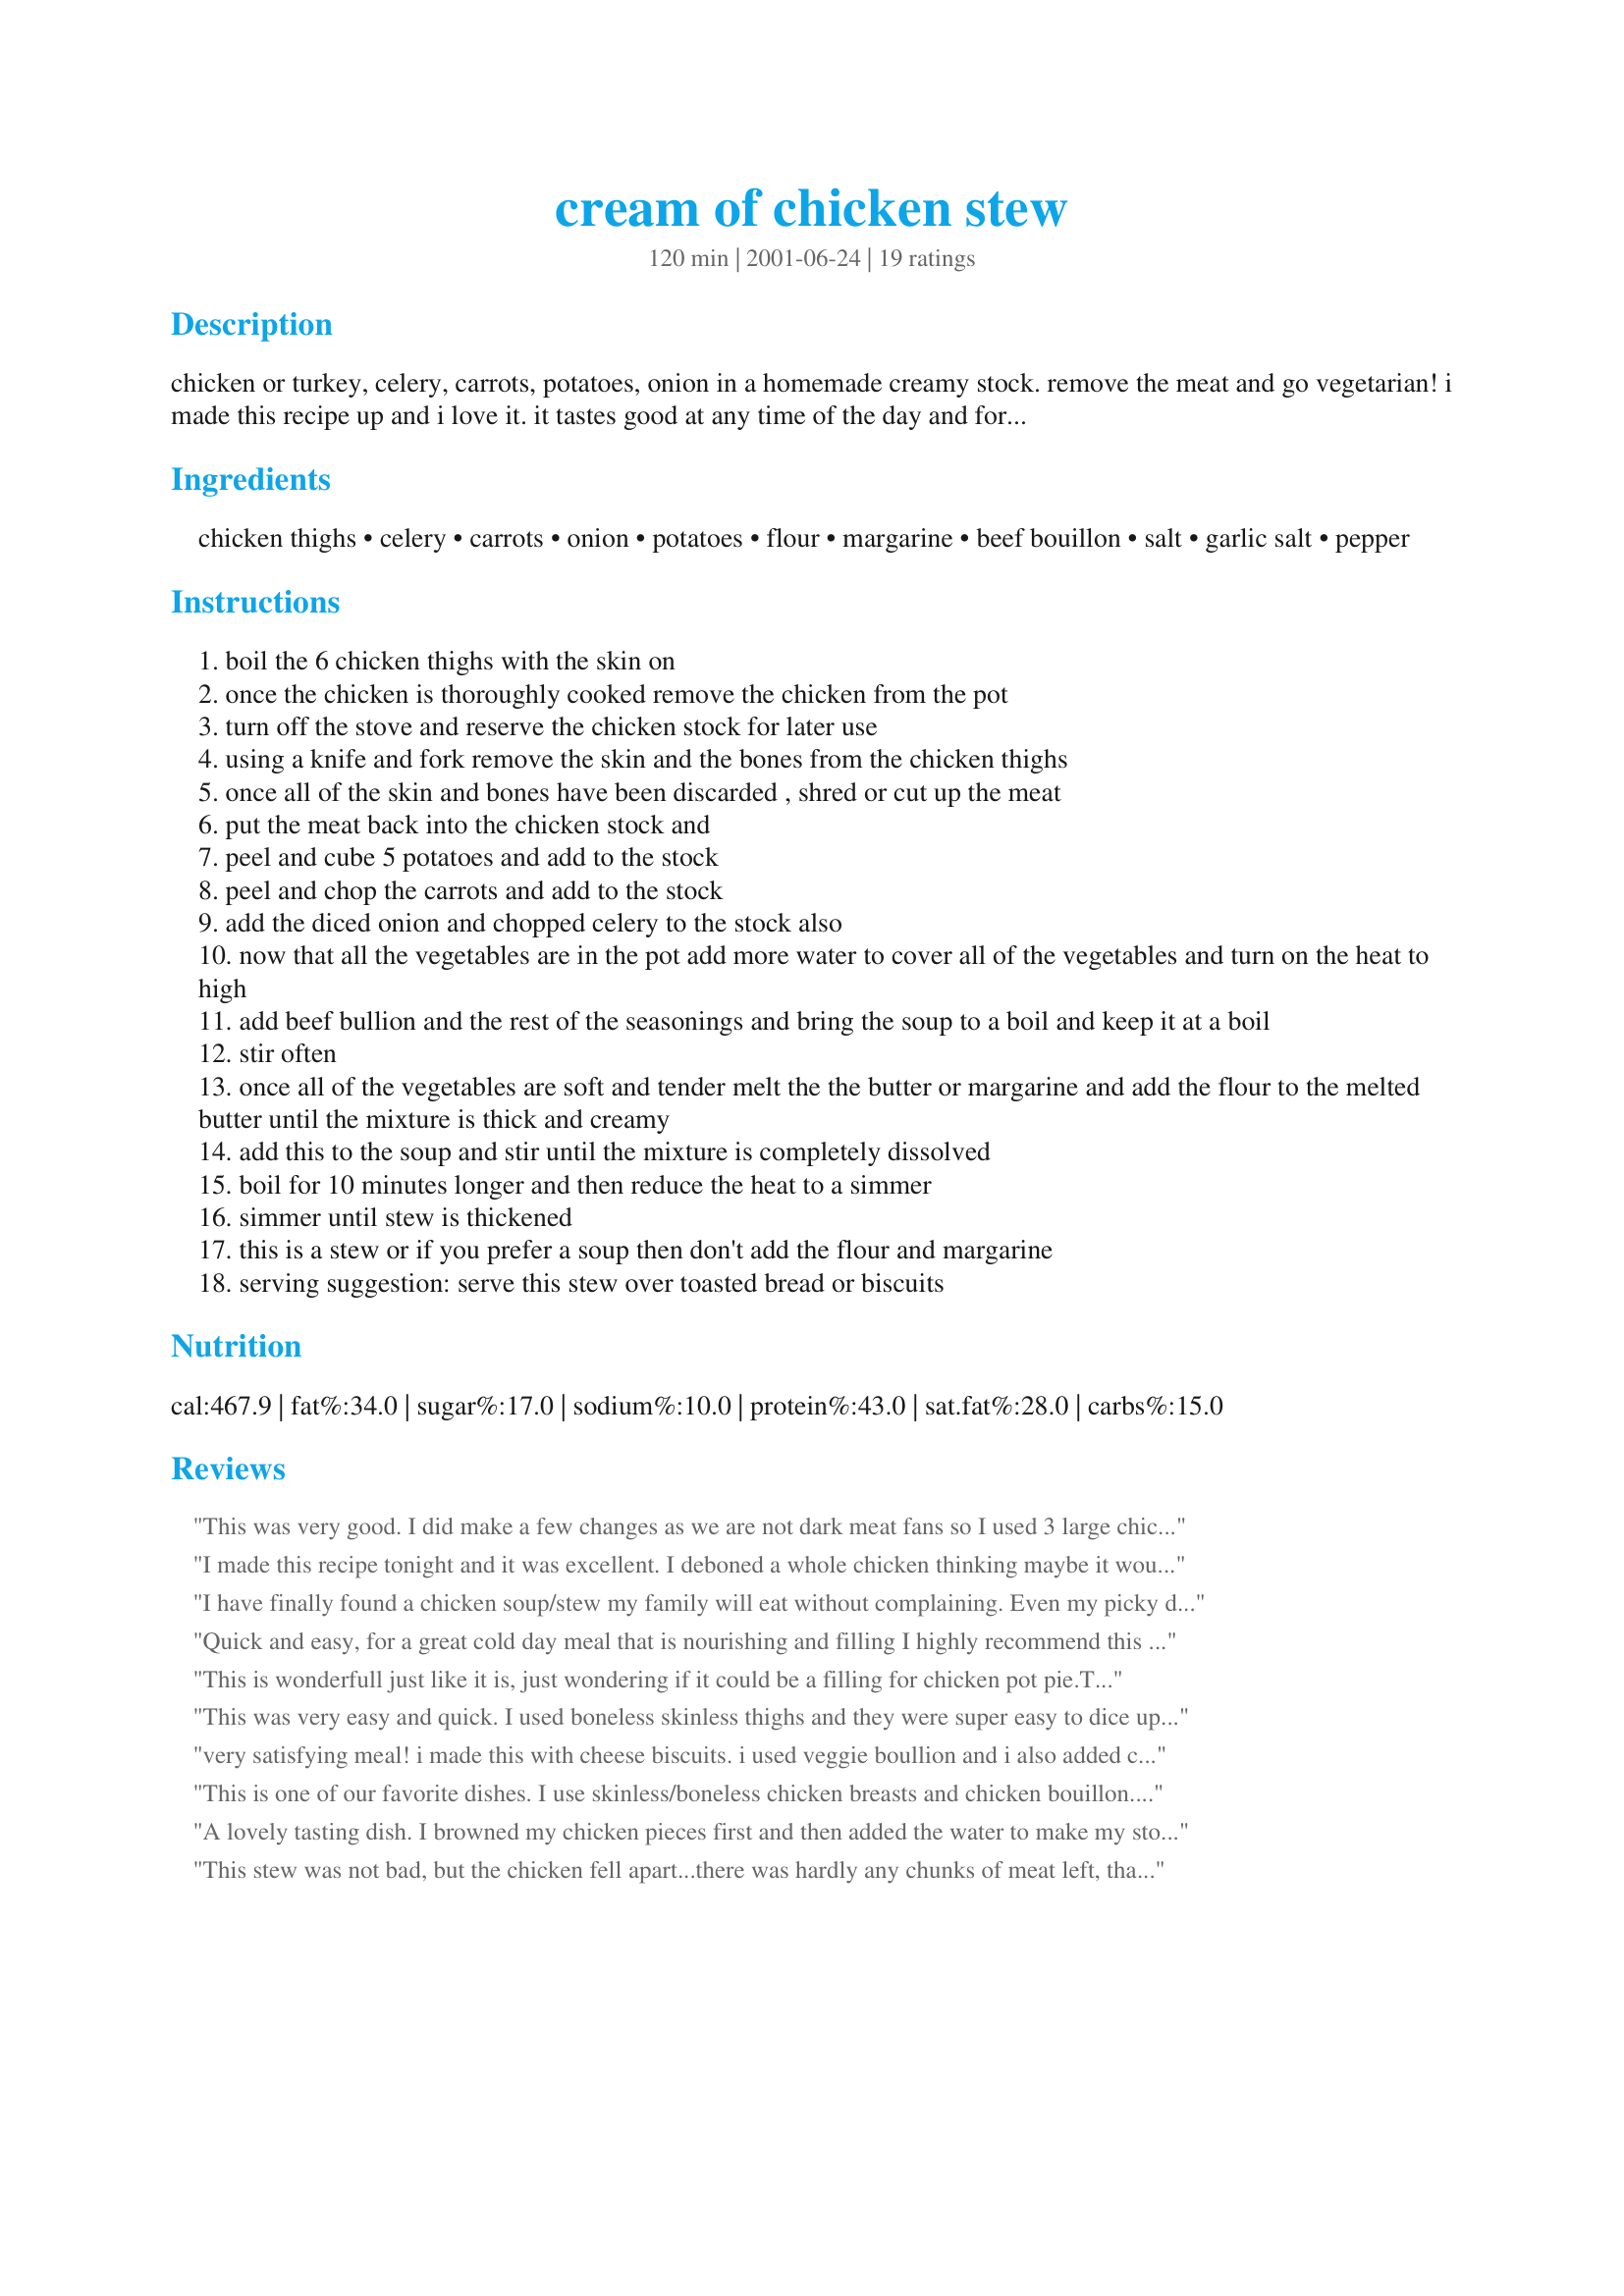
cream of chicken stew
Preparation time: 120 minutes

chicken or turkey, celery, carrots, potatoes, onion in a homemade creamy stock. remove the meat and go vegetarian! i made this recipe up and i love it. it tastes good at any time of the day and for any meal in any season.

Ingredients:
chicken thighs, celery, carrots, onion, potatoes, flour, margarine, beef bouillon, salt, garlic salt, pepper

Steps:
boil the 6 chicken thighs with the skin on
once the chicken is thoroughly cooked remove the chicken from the pot
turn off the stove and reserve the chicken stock for later use
using a knife and fork remove the skin and the bones from the chicken thighs
once all of the skin and bones have been discarded , shred or cut up the meat
put the meat back into the chicken stock and
peel and cube 5 potatoes and add to the stock
peel and chop the carrots and add to the stock
add the diced onion and chopped celery to the stock also
now that all the vegetables are in the pot add more water to cover all of the vegetables and turn on the heat to high
add beef bullion and the rest of the seasonings and bring the soup to a boil and keep it at a boil
stir often
once all of the vegetables are soft and tender melt the the butter or margarine and add the flour to the melted butter until the mixture is thick and creamy
add this to the soup and stir until the mixture is completely dissolved
boil for 10 minutes longer and then reduce the heat to a simmer
simmer until stew is thickened
this is a stew or if you prefer a soup then don't add the flour and margarine
serving suggestion: serve this stew over toasted bread or biscuits

Reviews:
This was very good. I did make a few changes as we are not dark meat fans so I used 3 large chicken breasts (bone in). Also used chicken bouillon instead of beef and added it to the water while cooking the chicken breasts. Removed & shredded chicken and set aside. Cooked veggies in broth with addition of frozen peas & chopped mushrooms. Added shredded chicken once veggies were done so it would not disintegrate.
I made this recipe tonight and it was excellent. I deboned a whole chicken thinking maybe it would be to much meat but it wasn't! I added enough stock to cover the chicken and vegetables, but I should have added more. I also added 2 cubes of beef bouillon to give it a little more flavor. This was truly awesome. I served mine over biscuit's.
I have finally found a chicken soup/stew my family will eat without complaining. Even my picky daughter thinks it tastes good.
Quick and easy, for a great cold day meal that is nourishing and filling I highly recommend this stew.Awesome.
This is wonderfull just like it is, just wondering if it could be a filling for chicken pot pie.Think I will try it. Thanks for the recipe Ken
This was very easy and quick. I used boneless skinless thighs and they were super easy to dice up. It was a little bland and we all added more spices when it was done.
very satisfying meal! i made this with cheese biscuits. i used veggie boullion and i also added cream cheese.

i will definitely be making this again!
This is one of our favorite dishes. I use skinless/boneless chicken breasts and chicken bouillon. Very tasty and filling! We usually have lots leftover - it is great to freeze and reheat.
A lovely tasting dish. I browned my chicken pieces first and then added the water to make my stock, doing the browning first kept the chicken firm and in tact.
I also added poultry seasoning and freshly diced garlic.
I served this with basmati rice. 
Thank you for sharing.
This stew was not bad, but the chicken fell apart...there was hardly any chunks of meat left, that was why i gave it four stars. I marinated the chicken before I put it by adding a packet of onion mix. That gave the stew a great flavour. I didn't add any more salt to it. It was salty enough. Other than that...great stew.
Very delicious. Only one change though, i added a little bit of the broth to the flour-butter mixture to bring it up to the temperature and avoid lumps.
It is a very tasty and easy stew to prepare.My family loves for me to fix it.I prepare it at least twice a month. Raeann M. Washington, Ind.
Made by the recipe for the soup version with the single swap of chicken breast for the thighs because I had breasts in the freezer. DH and I both loved it with a biscuit on this cold January night.
Thank you for this! I had to make a few changes for convenience and to match what we had in the fridge. X3 chicken breasts, x3 large peeled red potatos, x2 leeks, x250g button mushrooms saut&eacute;ed until chicken almost cooked. Made the cream mixture in separate saucepan to save time (while saut&eacute;ing stuff) added at least double the cream and only 7 cups of chicken stock plus a bit more vegeta. Then added cream mix to chicken and its simmering on the stove but I had a taste and it&#039;s THe BEST SOUP I&#039;ve ever had!!!!!! Yummmmmy
Interesting that it is called a "Cream of Chicken Stew" yet no cream!
I cheated as I had a fully cooked chicken in the fridge.
I sauteed onions & celery in butter and then added by flour and made a roux.
I then added boxed chicken stock, the chicken, potato and mixed frozen veg.
I used garlic powder, tyme, and salted herbs.
Success!
a FINE recipe. Thanks Amy for posting. (See my photo!)
This stew is so delicious and easy! Even my husband, not a stew fan, loved it. I used leg quarters (thigh with drumstick) for a little more meat. I also added some fresh basil, sage, and oregano. It reheats nicely, and tastes even better the next day!
very good stew. easy to make and the family enjoyed it. I have been asked to make it again.

So many questions . . . Cook the chicken without the aromatics, then use the broth elsewhere and add concentrated beef bouillon? I'm going to try it with my tweaks and report back. Edit: Made it with three chicken leg quarters, put outer layer of onion (not brown paper but the first leathery layer) and scrubbed carrot peelings and an extra rib of celery in with the chicken, plus 1 tsp poultry seasoning. Used the broth to cook the veggies and still have a quart of stock for later! Cooked the chicken 15 minutes (probably should have gone longer), cooked with veggies 15 minutes (which was just about perfect). Made a roux of the butter and flour, added a bit of broth then added that to the stew. Used 3 Tbsp Knorr Tomato &amp; Chicken bouillon (didn't feel like hunting down the plain chicken bouillon). This one's a keeper. PS: Recipe says 6 servings and means it. This is a great way to feed a lot of people with a little chicken.
Very tasty stew... we all loved the flavor including my DD who is a finicky meat eater. She actually had two bowls. I made a couple alterations though...first off, I did not make a flour roux as DH can't have gluten. To thicken the stew I made a cornstarch slurry. This meant no butter as well, so it saves on a few calories :) The second change made came after I had the stew started and realized I did not have any concentrated beef stock, so I used mushroom stock instead. We served the stew over steamed rice which made for a very flavorful comfort food supper. Thanks for sharing your recipe Amy. Made and reviewed for Spring PAC 2010
